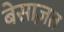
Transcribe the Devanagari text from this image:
बेसाज़त